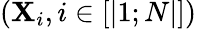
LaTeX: (\mathbf{X}_{i},i\in[|1;N|])